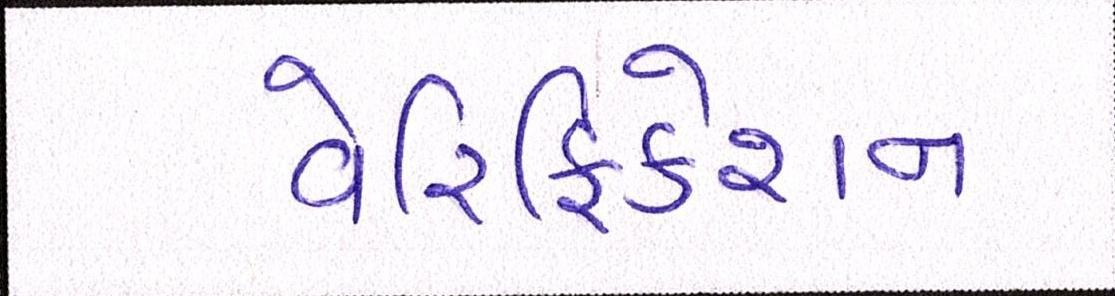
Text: વેરિફિકેશન